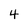
Character: 4